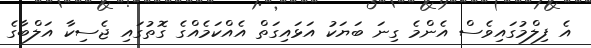
އެ ފިލްމުގައިވެސް އެންމެ ގިނަ ބަޔަކު އަޅައިގަތް އެއްކަމެއްގެ ގޮތުގައި ޖެސިކާ އަލްބާގެ